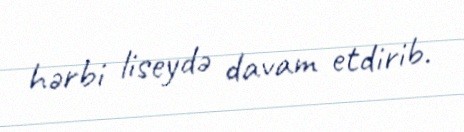
hərbi liseydə davam etdirib.